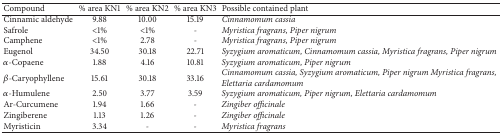
| Compound | % area KN1 | % area KN2 | % area KN3 | Possible contained plant |
 | --- | --- | --- | --- | --- |
 | Cinnamic aldehyde | 9.88 | 10.00 | 15.19 | Cinnamomum cassia |
 | Safrole | <1% | <1% | - | Myristica fragrans, Piper nigrum |
 | Camphene | <1% | 2.78 | - | Myristica fragrans, Piper nigrum |
 | Eugenol | 34.50 | 30.18 | 22.71 | Syzygium aromaticum, Cinnamomum cassia, Myristica fragrans, Piper nigrum |
 | α-Copaene | 1.88 | 4.16 | 10.81 | Syzygium aromaticum, Piper nigrum |
 | β-Caryophyllene | 15.61 | 30.18 | 33.16 | Cinnamomum cassia, Syzygium aromaticum, Piper nigrum Myristica fragrans, Elettaria cardamomum |
 | α-Humulene | 2.50 | 3.77 | 3.59 | Syzygium aromaticum, Piper nigrum, Elettaria cardamomum |
 | Ar-Curcumene | 1.94 | 1.66 | - | Zingiber officinale |
 | Zingiberene | 1.13 | 1.26 | - | Zingiber officinale |
 | Myristicin | 3.34 | - | - | Myristica fragrans |